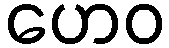
ဟေဝ